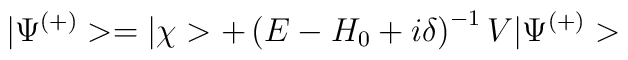
|\Psi^{(+)}>= |\chi >+ \left( E-H_{0} + i \delta \right)^{-1} V |\Psi^{(+)}>\;